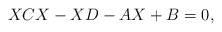
\begin{align*}XCX-XD-AX+B=0,\end{align*}